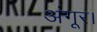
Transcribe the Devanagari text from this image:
अंगूर।